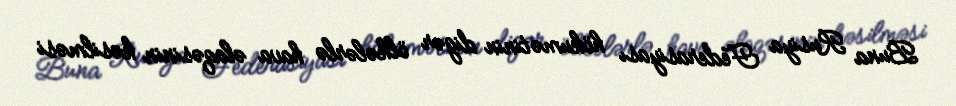
Buna Rusiya Federasiyası hökumətinin digər ölkələrlə hava əlaqəsinin kəsilməsi